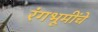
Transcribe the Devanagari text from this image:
रंगभूमींचे